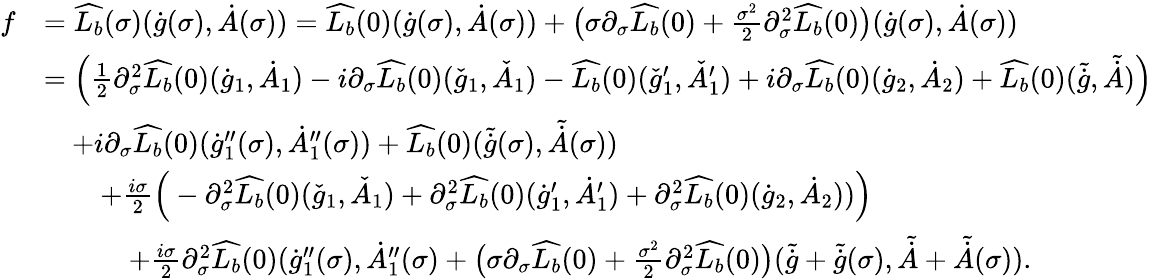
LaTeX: \begin{array}{rl}{f}&{=\widehat{L_{b}}(\sigma)(\dot{g}(\sigma),\dot{A}(\sigma))=\widehat{L_{b}}(0)(\dot{g}(\sigma),\dot{A}(\sigma))+\big(\sigma\partial_{\sigma}\widehat{L_{b}}(0)+\frac{\sigma^{2}}{2}\partial_{\sigma}^{2}\widehat{L_{b}}(0)\big)(\dot{g}(\sigma),\dot{A}(\sigma))}\\ &{=\Big(\frac{1}{2}\partial_{\sigma}^{2}\widehat{L_{b}}(0)(\dot{g}_{1},\dot{A}_{1})-i\partial_{\sigma}\widehat{L_{b}}(0)(\check{g}_{1},\check{A}_{1})-\widehat{L_{b}}(0)(\check{g}_{1}^{\prime},\check{A}_{1}^{\prime})+i\partial_{\sigma}\widehat{L_{b}}(0)(\dot{g}_{2},\dot{A}_{2})+\widehat{L_{b}}(0)(\tilde{\dot{g}},\tilde{\dot{A}})\Big)}\\ &{\quad+i\partial_{\sigma}\widehat{L_{b}}(0)(\dot{g}_{1}^{\prime\prime}(\sigma),\dot{A}_{1}^{\prime\prime}(\sigma))+\widehat{L_{b}}(0)(\tilde{\dot{g}}(\sigma),\tilde{\dot{A}}(\sigma))}\\ &{\quad\quad+\frac{i\sigma}{2}\Big(-\partial_{\sigma}^{2}\widehat{L_{b}}(0)(\check{g}_{1},\check{A}_{1})+\partial_{\sigma}^{2}\widehat{L_{b}}(0)(\dot{g}_{1}^{\prime},\dot{A}_{1}^{\prime})+\partial_{\sigma}^{2}\widehat{L_{b}}(0)(\dot{g}_{2},\dot{A}_{2}))\Big)}\\ &{\quad\quad\quad+\frac{i\sigma}{2}\partial_{\sigma}^{2}\widehat{L_{b}}(0)(\dot{g}_{1}^{\prime\prime}(\sigma),\dot{A}_{1}^{\prime\prime}(\sigma)+\big(\sigma\partial_{\sigma}\widehat{L_{b}}(0)+\frac{\sigma^{2}}{2}\partial_{\sigma}^{2}\widehat{L_{b}}(0)\big)(\tilde{\dot{g}}+\tilde{\dot{g}}(\sigma),\tilde{\dot{A}}+\tilde{\dot{A}}(\sigma)).}\end{array}